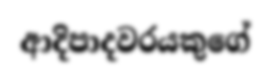
ආදිපාදවරයකුගේ